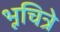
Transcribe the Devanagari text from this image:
भूचित्रे